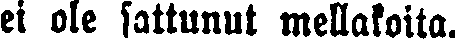
ei ole sattunut mellakoita.